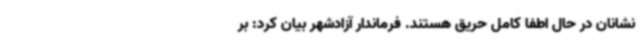
نشانان در حال اطفا کامل حریق هستند. فرماندار آزادشهر بیان کرد: بر